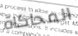
المحاكاة